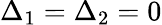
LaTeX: \Delta_{1}=\Delta_{2}=0